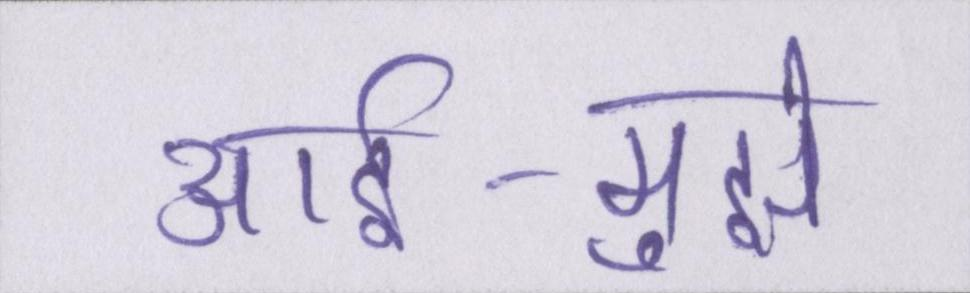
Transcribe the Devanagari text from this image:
आर्इ-मुझे